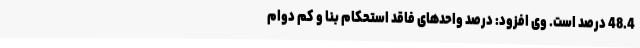
48.4 درصد است. وی افزود: درصد واحدهای فاقد استحکام بنا و کم دوام